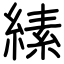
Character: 縤